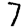
Digit: 7